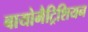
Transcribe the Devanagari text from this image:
बायोमैट्रिशियन